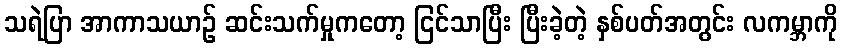
သရဲပြာ အာကာသယာဉ် ဆင်းသက်မှုကတော့ ငြင်သာပြီး ပြီးခဲ့တဲ့ နှစ်ပတ်အတွင်း လကမ္ဘာကို